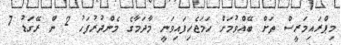
މިޕްރައިމަރީސް ތަށް ބޭއްވުމަށް ހަމަޖެހިފައިވަނީ މާދަމާގެ މެންދުރުފަހު 2 ން ރޭގަޑު 7